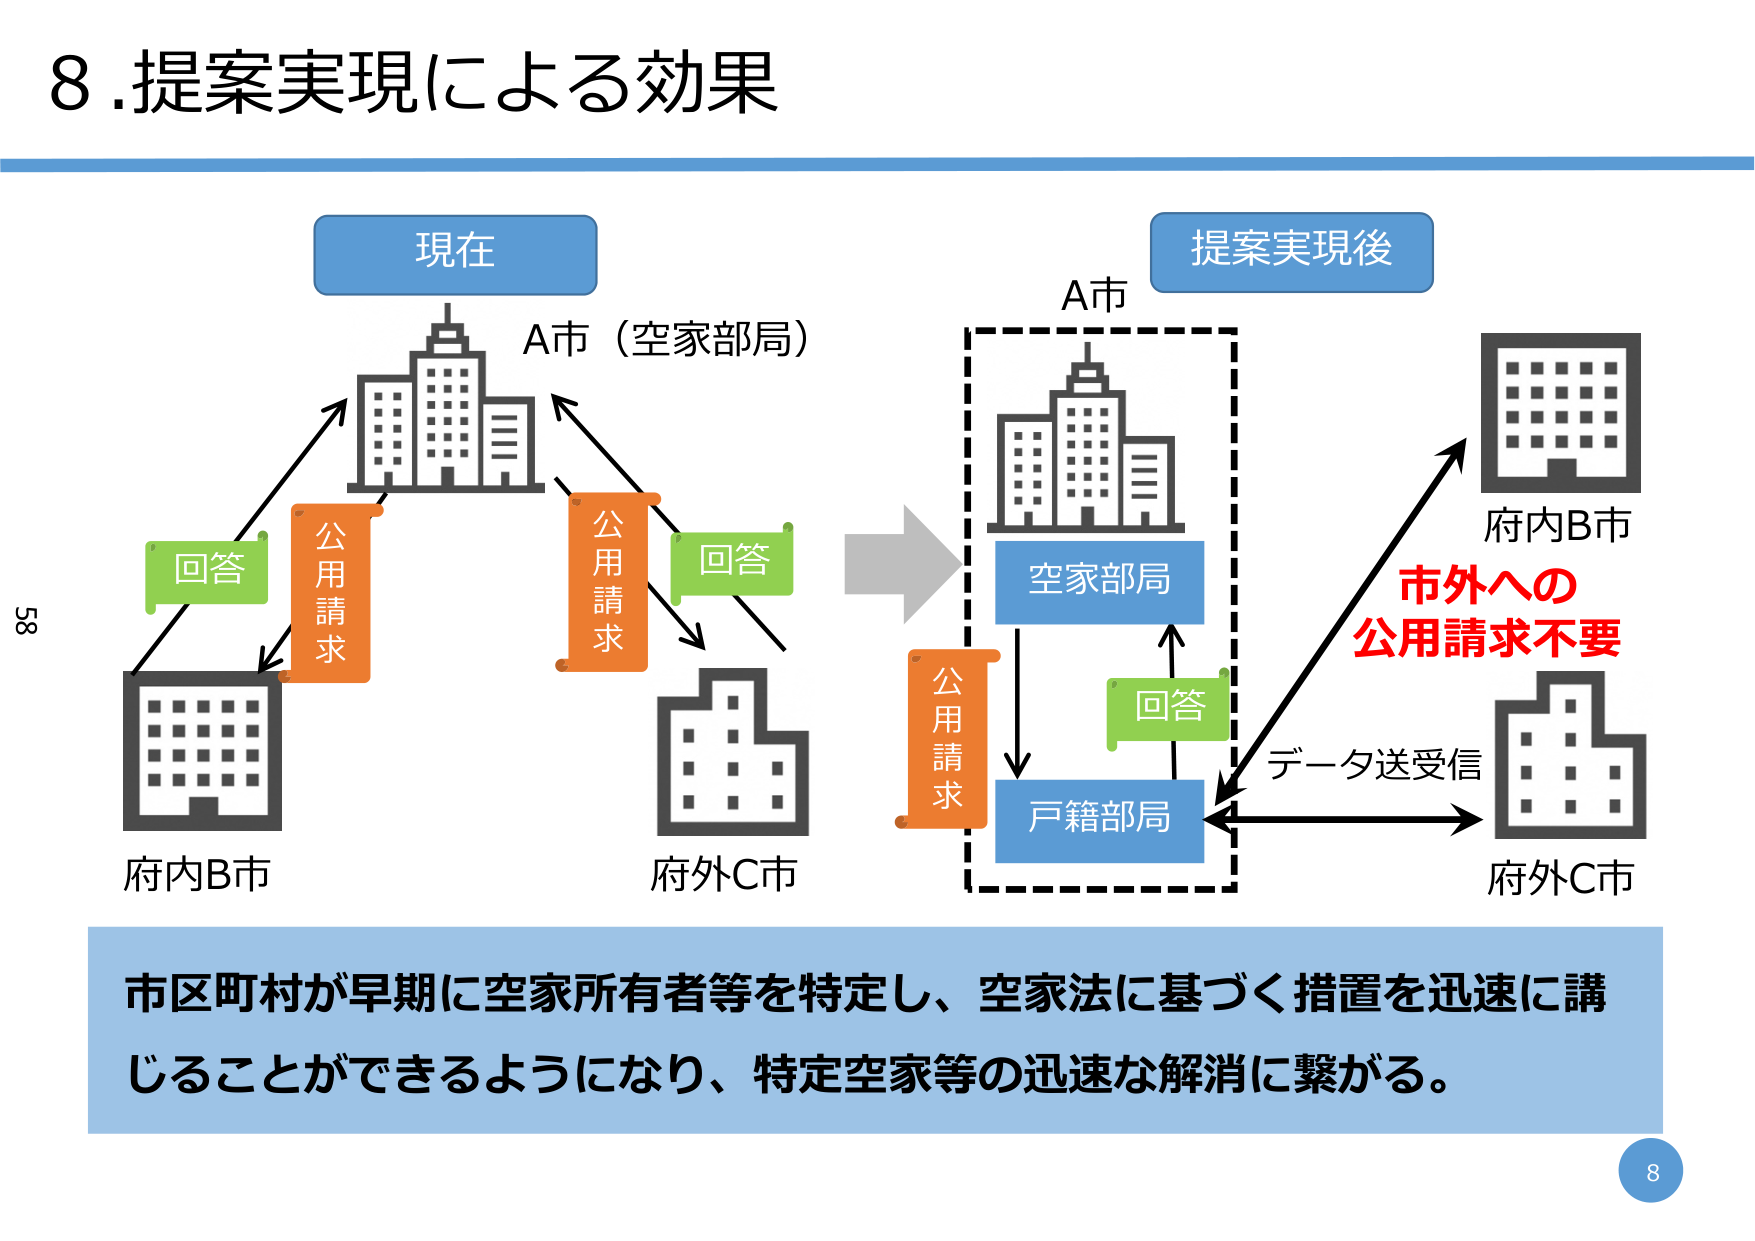
8.提案実現による効果

現在
A市（空家部局）
公用請求
回答
府内B市
公用請求
回答
府外C市

提案実現後
A市
空家部局
戸籍部局
公用請求
回答
データ送受信
市外への
公用請求不要
府内B市
府外C市

市区町村が早期に空家所有者等を特定し、空家法に基づく措置を迅速に講じることができるようになり、特定空家等の迅速な解消に繋がる。

58
8